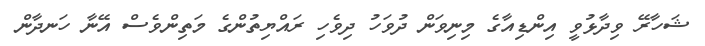
ޝަހާރޭ ވިދާޅުވީ އިންޑިއާގެ މިނިވަން ދުވަހު ދިވެހި ރައްޔިތުންގެ މަތިންވެސް އޭނާ ހަނދާން